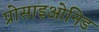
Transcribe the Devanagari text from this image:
प्रोसाइओनिड